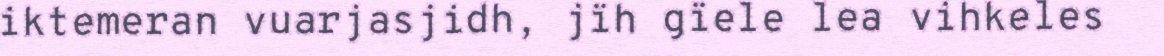
iktemeran vuarjasjidh, jïh gïele lea vihkeles